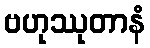
ဗဟုဿုတာနံ